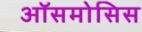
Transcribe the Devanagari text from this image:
ऑसमोसिस